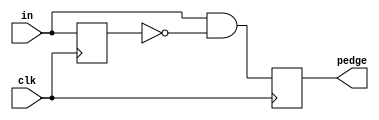
module top_module(
	input clk,
	input [7:0] in,
	output reg [7:0] pedge);
	
	reg [7:0] d_last;	
			
	always @(posedge clk) begin
		d_last <= in;			// Remember the state of the previous cycle
		pedge <= in & ~d_last;	// A positive edge occurred if input was 0 and is now 1.
	end
	
    // my solution
    // integer i;
    // reg [7:0] in_ref,p_ref;
    // always @(posedge clk) begin
    //     in_ref <= in;
    //     for (i=0;i<8;i++) begin
    //         if (in[i] & (in[i]^in_ref[i]))
    //             pedge[i] <= 1'b1;
    //        	else
    //             pedge[i] <= 1'b0;
    //     end
    // end
endmodule